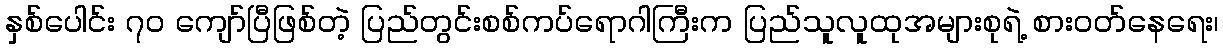
နှစ်ပေါင်း ၇၀ ကျော်ပြီဖြစ်တဲ့ ပြည်တွင်းစစ်ကပ်ရောဂါကြီးက ပြည်သူလူထုအများစုရဲ့ စားဝတ်နေရေး၊